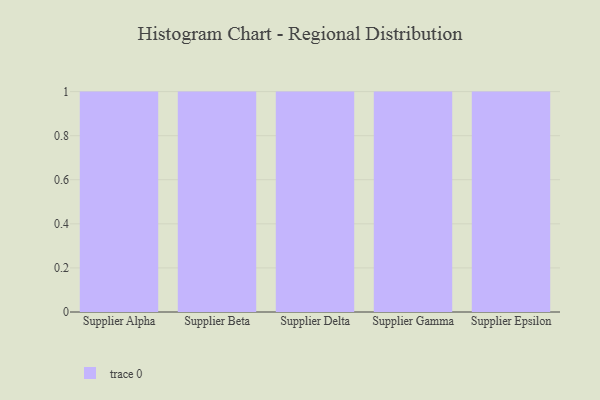
{"axis": {"x": "Supplier", "y": "Demand Index"}, "legend": [""], "data": [{"x": "Supplier Alpha", "y": 90, "type": ""}, {"x": "Supplier Beta", "y": 54, "type": ""}, {"x": "Supplier Delta", "y": 17, "type": ""}, {"x": "Supplier Gamma", "y": 44, "type": ""}, {"x": "Supplier Epsilon", "y": 63, "type": ""}]}